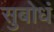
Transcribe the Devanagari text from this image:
सुबोधं